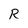
Character: R